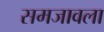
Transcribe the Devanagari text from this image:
समजावला